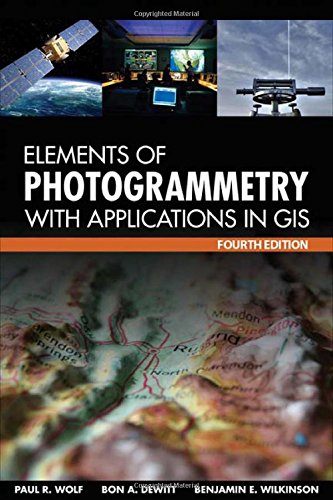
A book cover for Elements of Photogrammetry with Application in GIS, Fourth Edition; Paul Wolf; Science & Math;